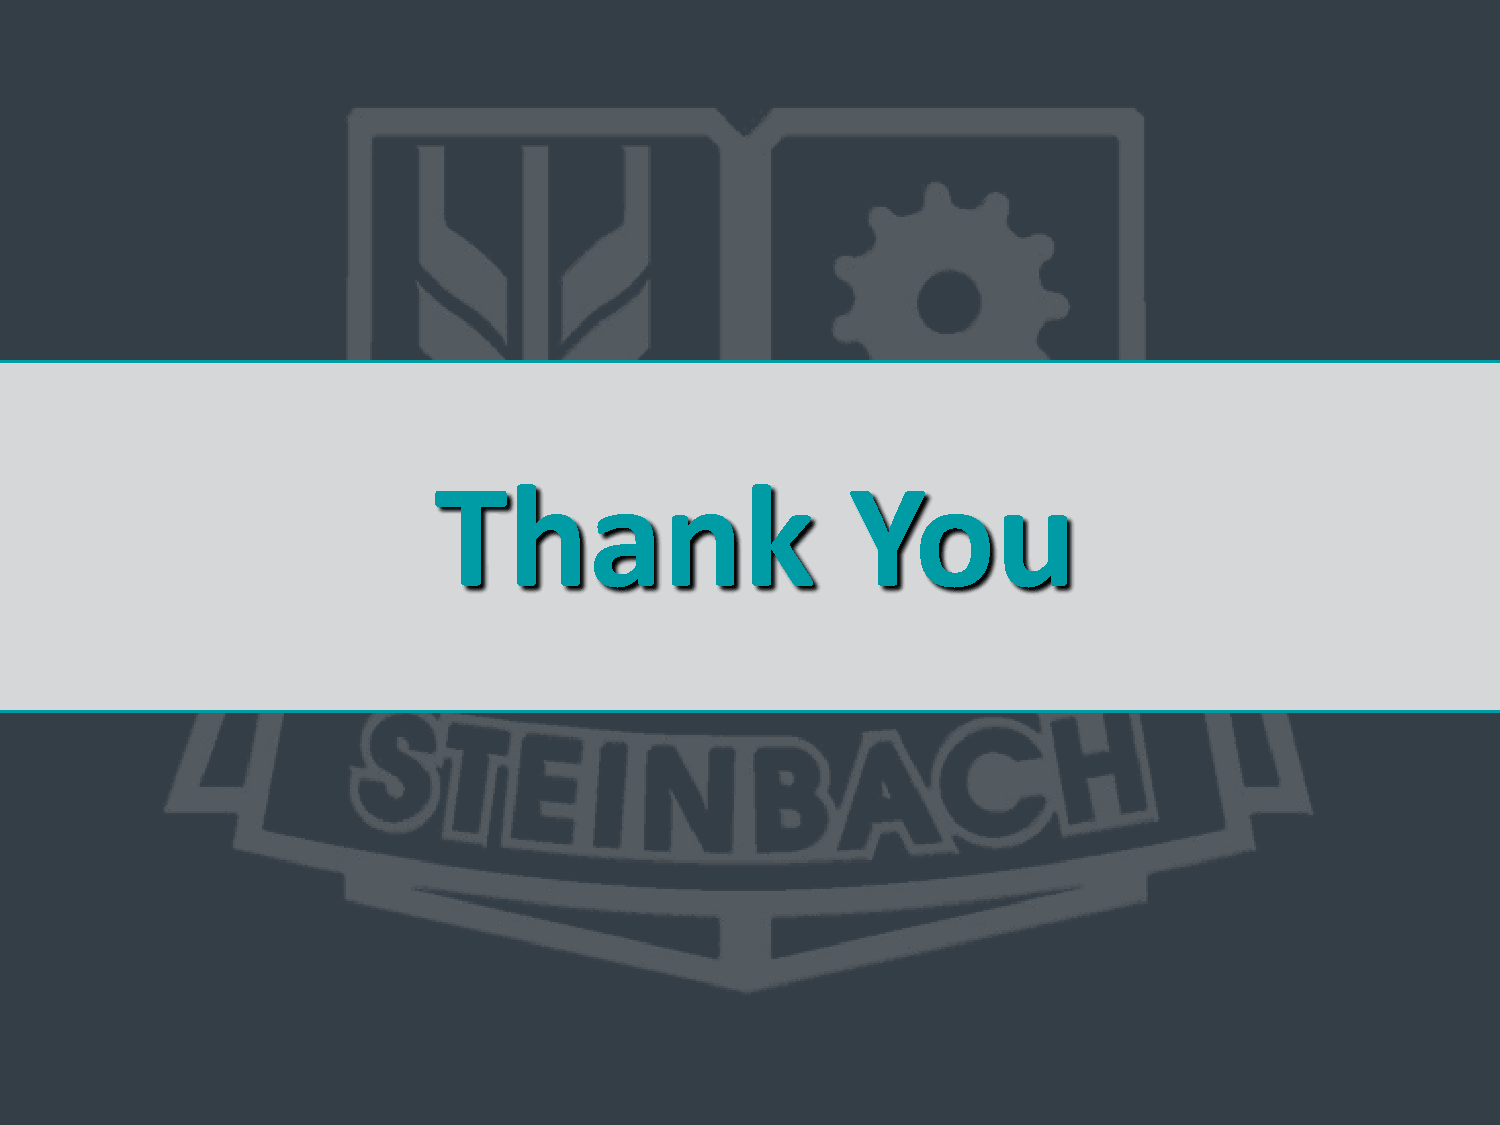
Thank                      You